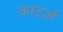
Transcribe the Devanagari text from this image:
कार्ट्ज़